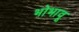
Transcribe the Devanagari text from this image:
भोभावू